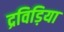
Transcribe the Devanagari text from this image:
द्रविड़िया